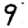
Digit: 9